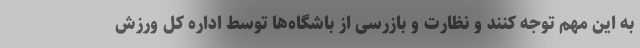
به این مهم توجه کنند و نظارت و بازرسی از باشگاه‌ها توسط اداره کل ورزش